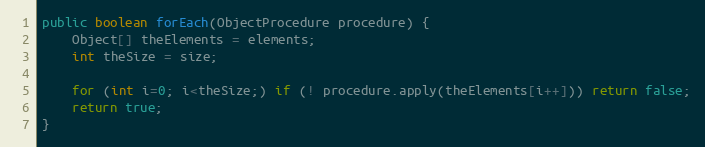
Language: Java
public boolean forEach(ObjectProcedure procedure) {
	Object[] theElements = elements;
	int theSize = size;

	for (int i=0; i<theSize;) if (! procedure.apply(theElements[i++])) return false;
	return true;
}